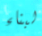
لبناء